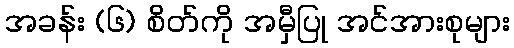
အခန်း (၆) စိတ်ကို အမှီပြု အင်အားစုများ